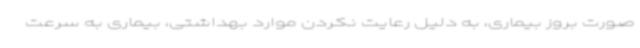
صورت بروز بیماری، به دلیل رعایت نکردن موارد بهداشتی، بیماری به سرعت